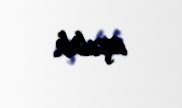
açılıb.